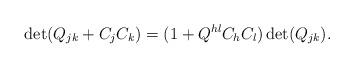
LaTeX: \begin{align*}\det (Q_{jk}+C_{j}C_{k})=(1+Q^{hl}C_{h}C_{l})\det (Q_{jk}).\end{align*}